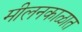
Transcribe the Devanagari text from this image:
मीलनकाळात